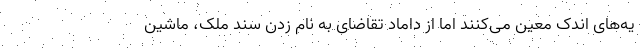
یه‌های اندک معین می‌کنند اما از داماد تقاضای به نام زدن سند ملک، ماشین